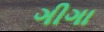
ગીગા